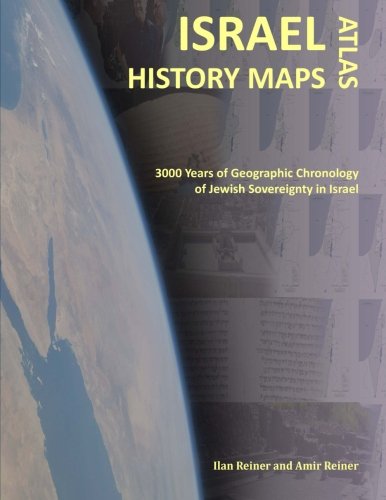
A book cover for Israel History Maps: 3000 Years of Geographic Chronology of Jewish Sovereignty in the Holy Land; Ilan Reiner; History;